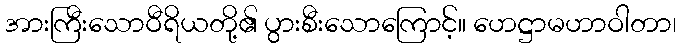
အားကြီးသောဝီရိယတို့၏ ပွားစီးသောကြောင့်။ ဟေဋ္ဌာမဟာဝါတာ၊